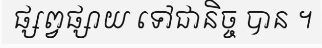
ផ្សព្វផ្សាយ ទៅជានិច្ច បាន ។